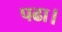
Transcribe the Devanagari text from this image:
पढा।